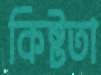
কিষ্টতা